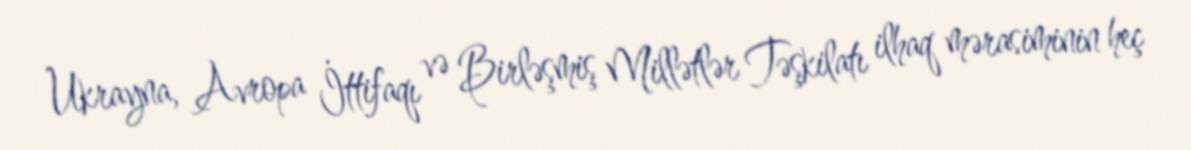
Ukrayna, Avropa İttifaqı və Birləşmiş Millətlər Təşkilatı ilhaq mərasiminin heç